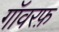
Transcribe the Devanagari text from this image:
गॉवरफ़